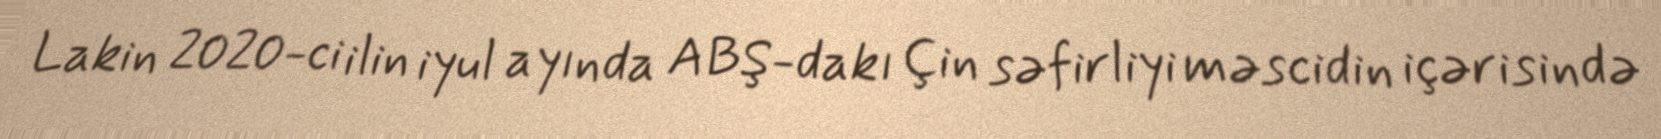
Lakin 2020-ci ilin iyul ayında ABŞ-dakı Çin səfirliyi məscidin içərisində